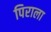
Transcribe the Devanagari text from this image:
पिराला